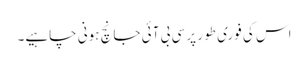
اس کی فوری طور پر سی بی آئی جانچ ہونی چاہیے۔